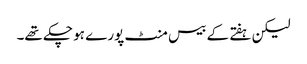
لیکن ہفتے کے بیس منٹ پورے ہو چکے تھے۔